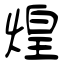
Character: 煌